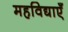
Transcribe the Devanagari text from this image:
महविद्याएँ